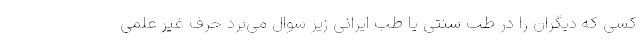
کسی که دیگران را در طب سنتی یا طب ایرانی زیر سوال می‌برد حرف غیر علمی